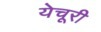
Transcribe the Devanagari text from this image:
येचूरी